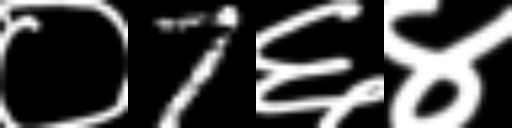
Text: ०7६४